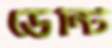
ডেন্টি